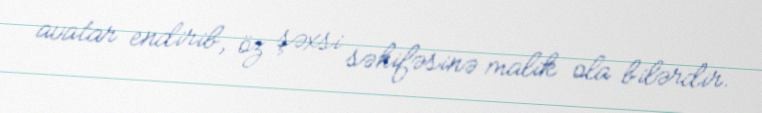
avatar endirib, öz şəxsi səhifəsinə malik ola bilərdir.